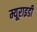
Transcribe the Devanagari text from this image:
म्यूराइडी